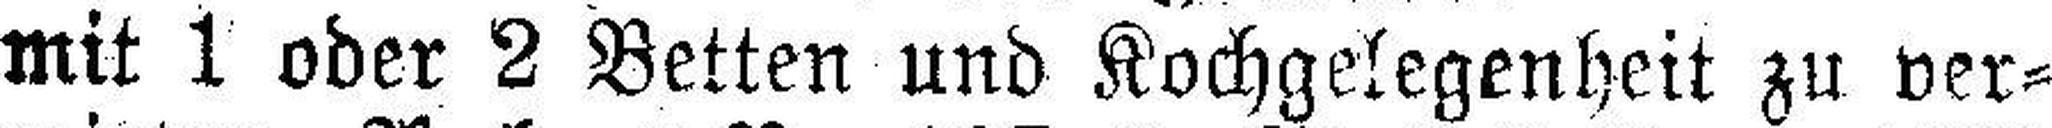
mit 1 oder 2 Betten und Kochgelegenheit zu ver¬